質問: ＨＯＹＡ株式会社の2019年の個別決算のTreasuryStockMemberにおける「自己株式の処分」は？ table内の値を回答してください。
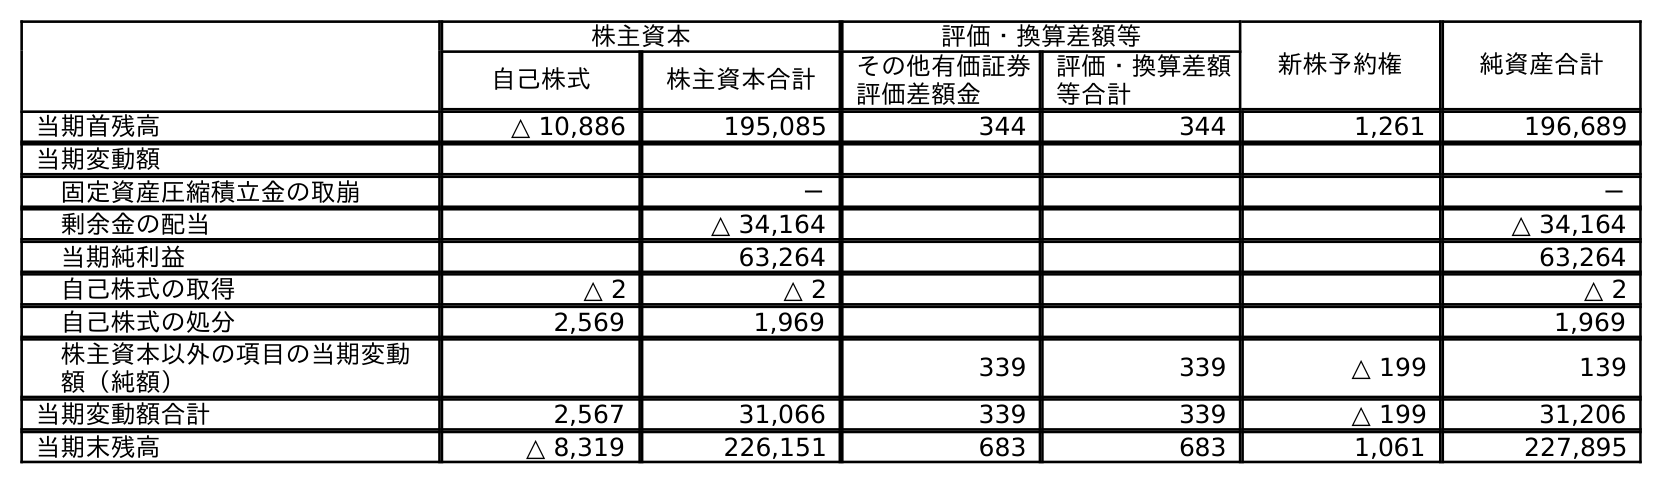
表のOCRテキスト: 株主資本 評価・換算差額等 新株予約権 純資産合計 自己株式 株主資本合計 その他有価証券 評価差額金 評価・換算差額 等合計 当期首残高 △ 10,886 195,085 344 344 1,261 196,689 当期変動額 固定資産圧縮積立金の取崩 － － 剰余金の配当 △ 34,164 △ 34,164 当期純利益 63,264 63,264 自己株式の取得 △ 2 △ 2 △ 2 自己株式の処分 2,569 1,969 1,969 株主資本以外の項目の当期変動 額（純額） 339 339 △ 199 139 当期変動額合計 2,567 31,066 339 339 △ 199 31,206 当期末残高 △ 8,319 226,151 683 683 1,061 227,895
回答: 2,569